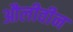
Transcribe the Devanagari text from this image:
औलीवीन